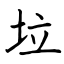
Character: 垃